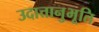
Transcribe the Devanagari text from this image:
उदात्तानुभूति